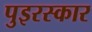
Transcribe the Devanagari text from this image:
पुइरस्कार